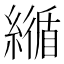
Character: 𦅑